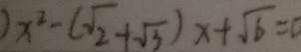
) x ^ { 2 } - ( \sqrt { 2 } + \sqrt { 3 } ) x + \sqrt { 6 } = 0